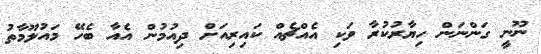
ނޫނީ ގަންނަން ހިޔާރުކުރާ ވަކި އެއްޗެއް ކައިރިއަށް ދިއުމުން އެއާ ބެހޭ މައުލޫމާތު